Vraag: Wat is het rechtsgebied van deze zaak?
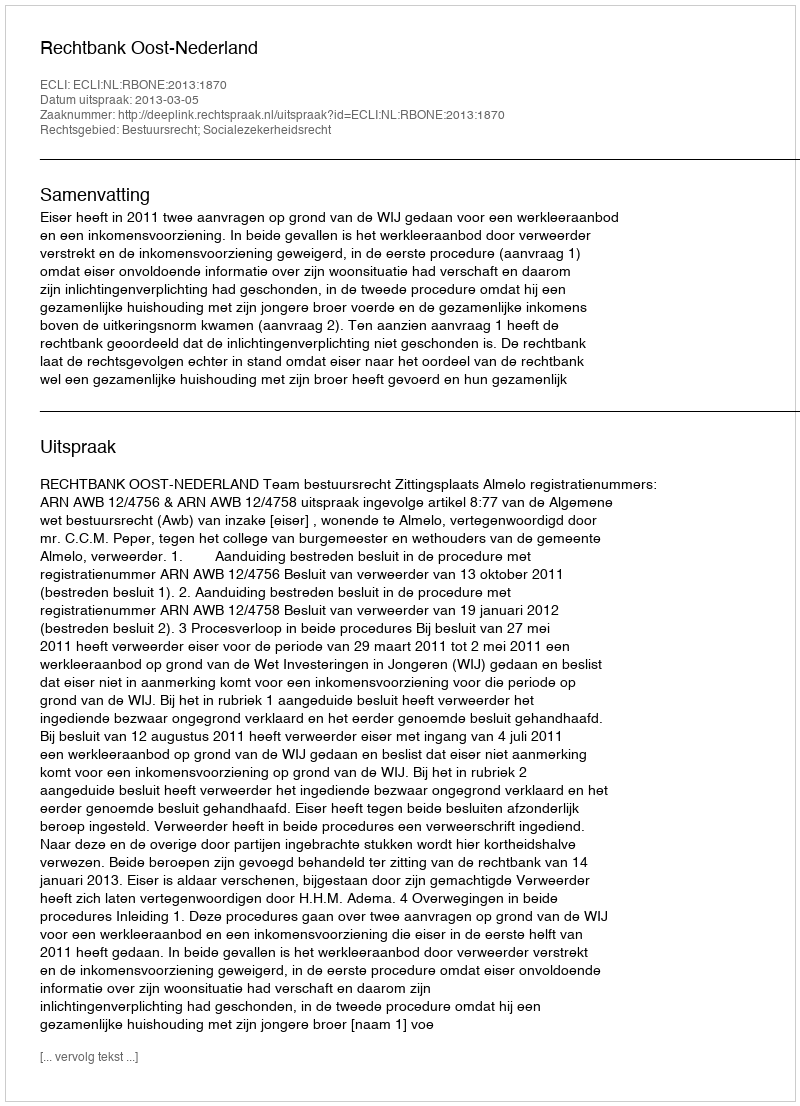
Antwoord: Bestuursrecht; Socialezekerheidsrecht